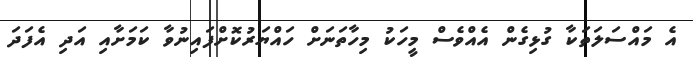
އެ މައްސަލަތަކާ ގުޅިގެން އެއްވެސް މީހަކު މިހާތަނަށް ހައްޔަރުކޮށްފައިނުވާ ކަމަށާއި އަދި އެފަދަ